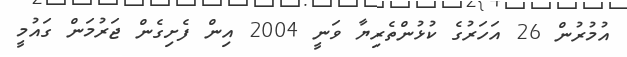
އުމުރުން 26 އަހަރުގެ ކުޅުންތެރިޔާ ވަނީ 2004 އިން ފެށިގެން ޖަރުމަން ގައުމީ